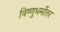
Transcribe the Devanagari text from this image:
विष्णुधर्मोतर